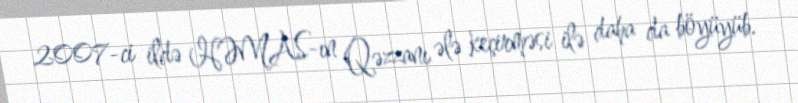
2007-ci ildə HƏMAS-ın Qəzzanı ələ keçirməsi ilə daha da böyüyüb.